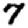
Digit: 7